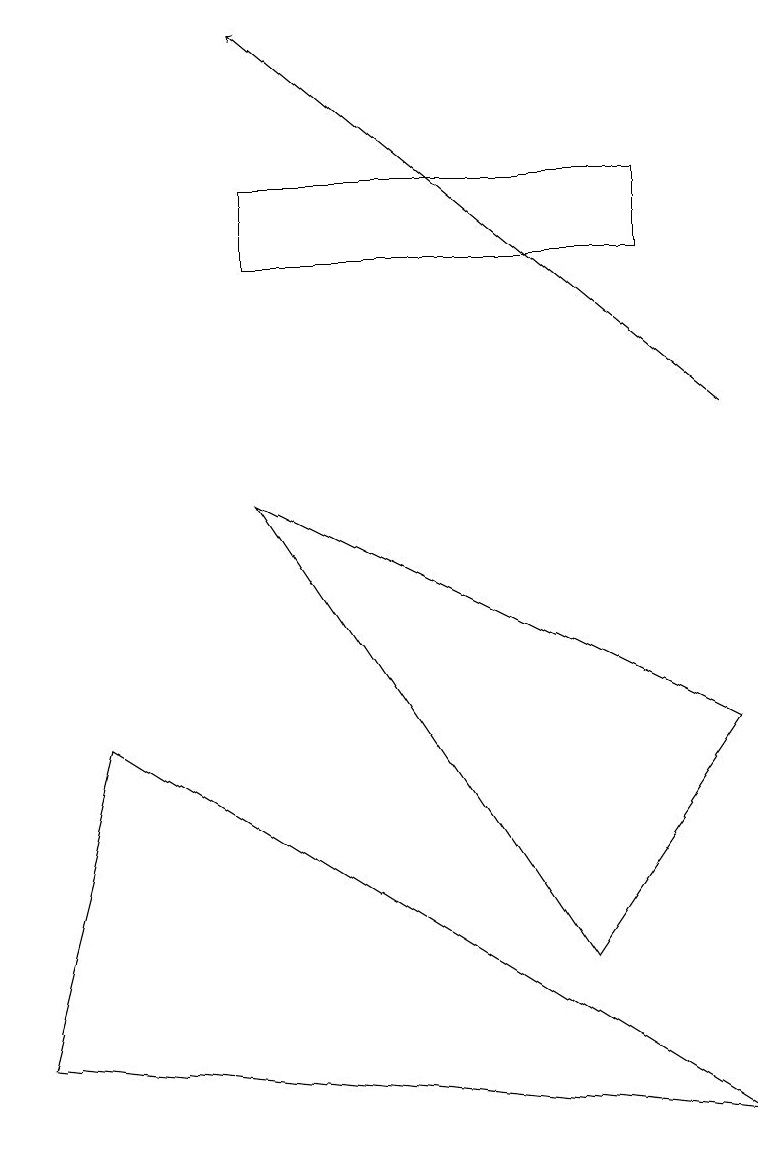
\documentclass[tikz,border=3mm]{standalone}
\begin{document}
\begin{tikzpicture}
\draw[->] (9,10) -- (3,15);
\draw (1,6) -- (0,2) -- (9,1) -- cycle;
\draw (8,12) rectangle (3,13);
\draw (3,9) -- (7,3) -- (9,6) -- cycle;
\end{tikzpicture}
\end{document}